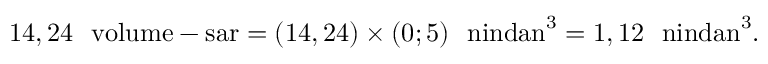
1 4 , 2 4 \ \mathrm { { \fontfamily { q p l } \selectfont ~ v o l u m e - s a r } \index { v o l u m e - s a r ~ ( c a p a c i t y ~ u n i t ) } } = ( 1 4 , 2 4 ) \times ( 0 ; 5 ) \ \mathrm { { \fontfamily { q p l } \selectfont ~ n i n d a n } \index { n i n d a n ~ ( l e n g t h ~ u n i t ) } } ^ { 3 } = 1 , 1 2 \ \mathrm { { \fontfamily { q p l } \selectfont ~ n i n d a n } \index { n i n d a n ~ ( l e n g t h ~ u n i t ) } } ^ { 3 } .